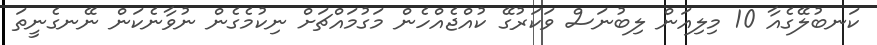
ކަނބުލޭގެއާ 10 މިލިއަން ލިބުނަސް ވަކަރުގޭ ކުއްޖެއްހެން މަގުމައްޗަށް ނިކުމެގެން ނުވާނެކަން ނޭނގެނީތަ